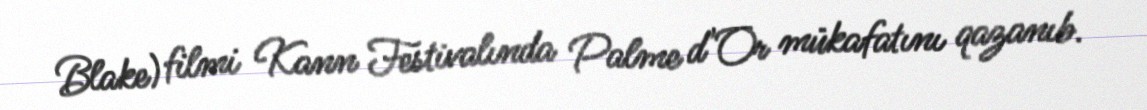
Blake) filmi Kann Festivalında Palme d'Or mükafatını qazanıb.